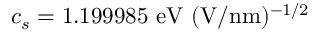
c _ { s } = 1 . 1 9 9 9 8 5 ~ \mathrm { e V } ~ ( \mathrm { V / n m } ) ^ { - 1 / 2 }